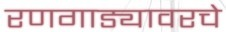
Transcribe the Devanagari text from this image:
रणगाड्यावरचे